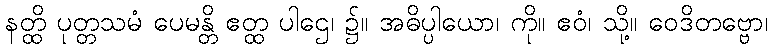
နတ္ထိ ပုတ္တသမံ ပေမန္တိ ဧတ္ထ ပါဌေ၊ ၌။ အဓိပ္ပါယော၊ ကို။ ဧဝံ၊ သို့။ ဝေဒိတဗ္ဗော၊